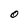
Character: O